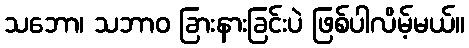
သဘော၊ သဘာဝ ခြားနားခြင်းပဲ ဖြစ်ပါလိမ့်မယ်။